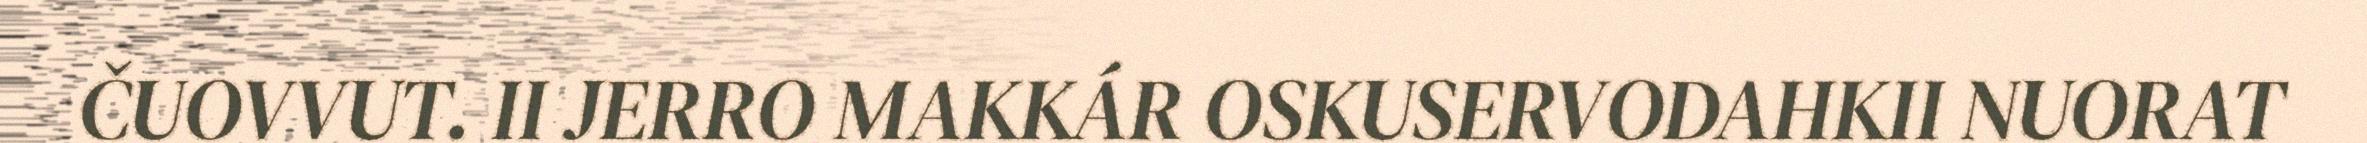
ČUOVVUT. II JERRO MAKKÁR OSKUSERVODAHKII NUORAT